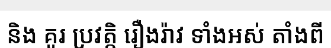
និង គូរ ប្រវត្តិ រឿងរ៉ាវ ទាំងអស់ តាំងពី